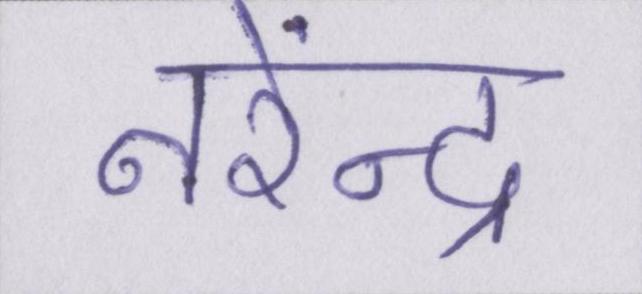
नरेंन्द्र